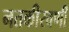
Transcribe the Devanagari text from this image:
नतकीरवणी